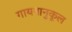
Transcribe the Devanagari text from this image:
गायनानुकूल